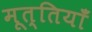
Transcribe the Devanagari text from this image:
मूत्तियाँ